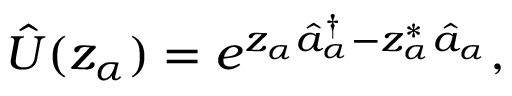
\hat { U } ( { z _ { \alpha } } ) = e ^ { z _ { \alpha } \hat { a } _ { \alpha } ^ { \dag } - z _ { \alpha } ^ { * } \hat { a } _ { \alpha } } ,